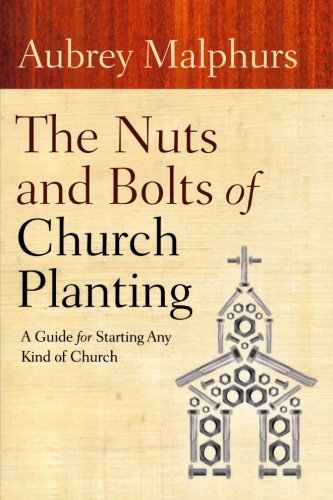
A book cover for The Nuts and Bolts of Church Planting: A Guide for Starting Any Kind of Church; Aubrey Malphurs; Christian Books & Bibles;